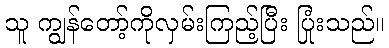
သူ ကျွန်တော့်ကိုလှမ်းကြည့်ပြီး ပြုံးသည်။